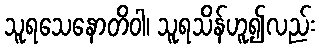
သူရသေနောတိဝါ၊ သူရသိန်ဟူ၍လည်း